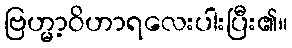
ဗြဟ္မာ့ဝိဟာရလေးပါးပြီး၏။